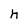
Character: h